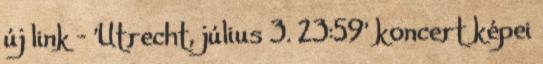
új link - 'Utrecht, július 3. 23:59' koncert képei